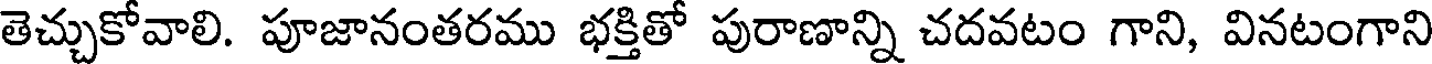
తెచ్చుకోవాలి. పూజానంతరము భక్తితో పురాణాన్ని చదవటం గాని, వినటంగాని